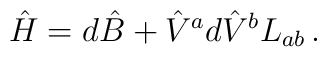
\hat H = d\hat B + {\hat V}^a d{\hat V}^b L_{ab}\, .